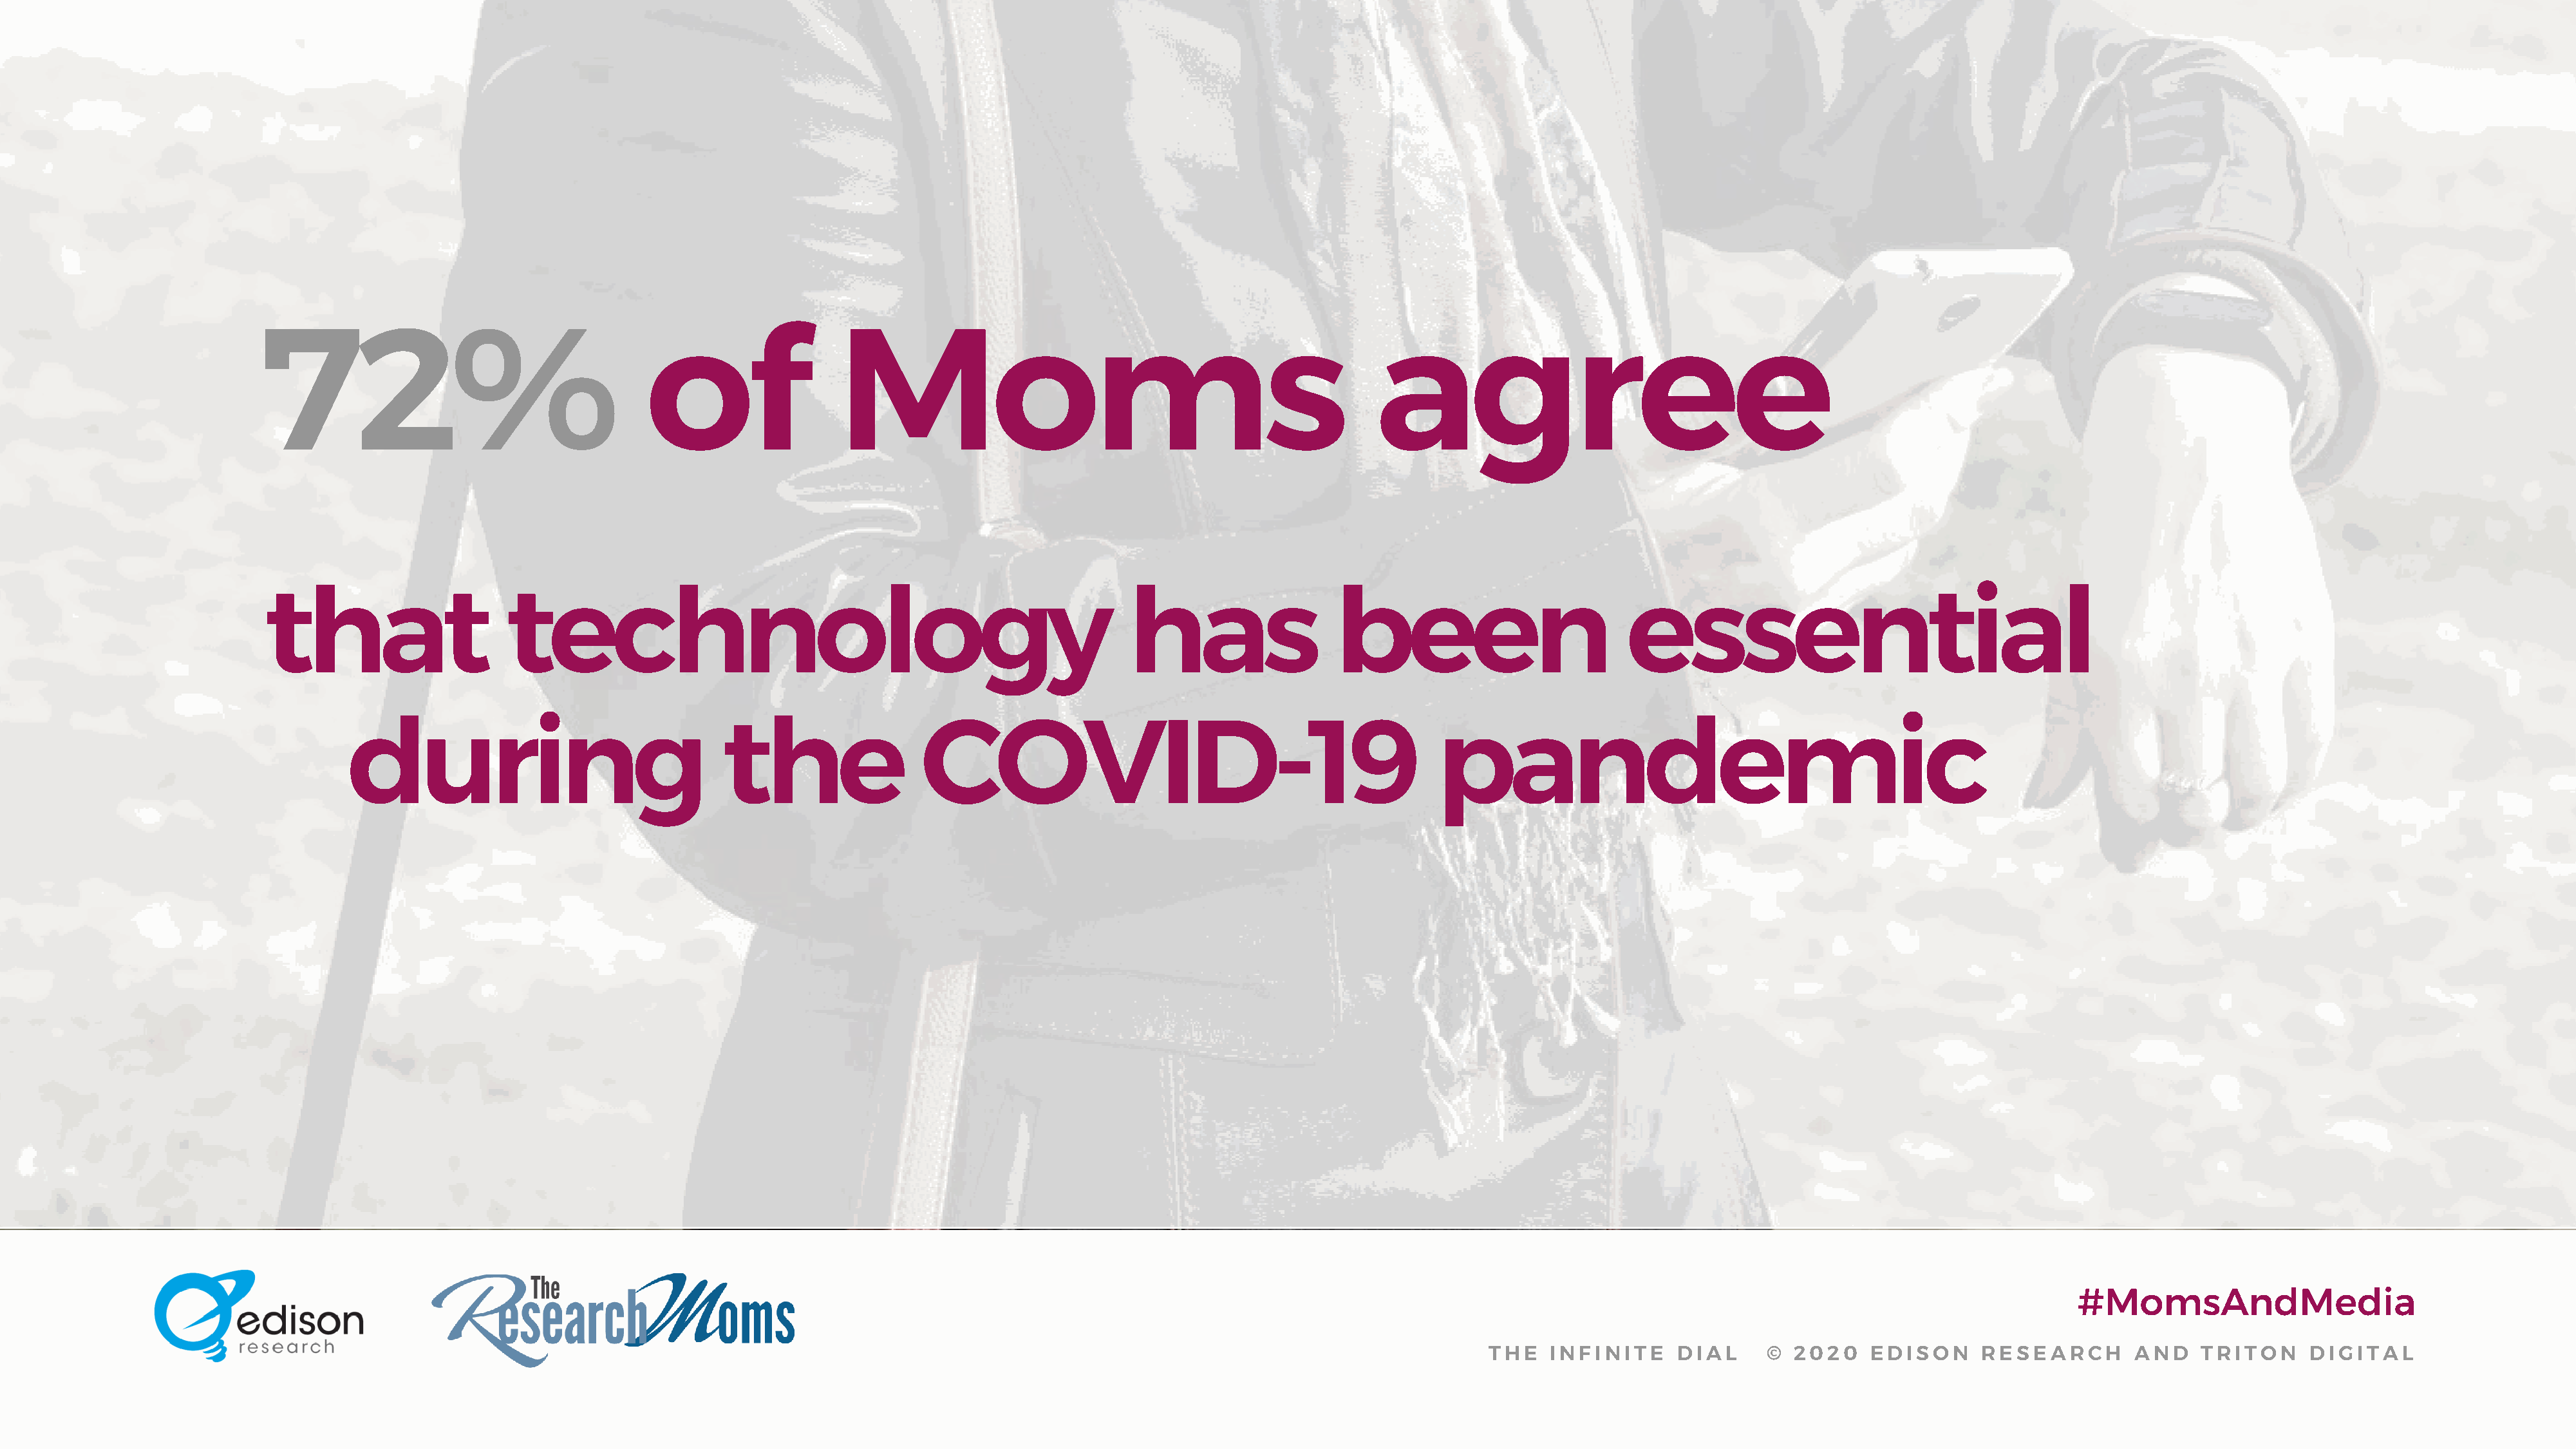
72%                                    of                  Moms                                                   agree
 that                     technology                                                      has                  been                          essential
 during                                the                  COVID-19                                             pandemic
 #MomsAndMedia
 THE   INFINITE     DIAL      © 2020    EDISON      RESEARCH       AND    TRITON     DIGITAL